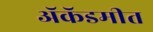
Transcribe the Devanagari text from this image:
ॲकॅडमीत